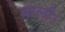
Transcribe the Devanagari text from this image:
बाली।